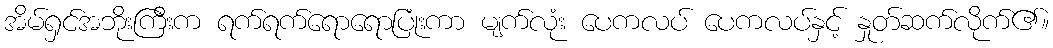
အိမ်ရှင်အဘိုးကြီးက ရက်ရက်ရောရောပြုံးကာ မျက်လုံး ပေကလပ် ပေကလပ်နှင့် နှုတ်ဆက်လိုက်၏။